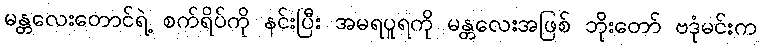
မန္တလေးတောင်ရဲ့ စက်ရိပ်ကို နင်းပြီး အမရပူရကို မန္တလေးအဖြစ် ဘိုးတော် ဗဒုံမင်းက